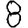
Digit: 8